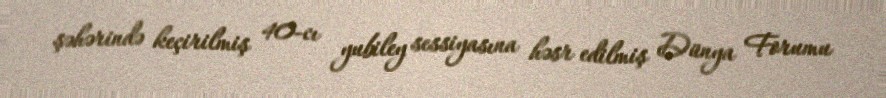
şəhərində keçirilmiş 40-cı yubiley sessiyasına həsr edilmiş Dünya Forumu